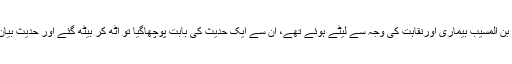
سعید بن المسیب بیماری اورنقاہت کی وجہ سے لیٹے ہوئے تھے، ان سے ایک حدیث کی بابت پوچھاگیا تو اُٹھ کر بیٹھ گئے اور حدیث بیان کی۔